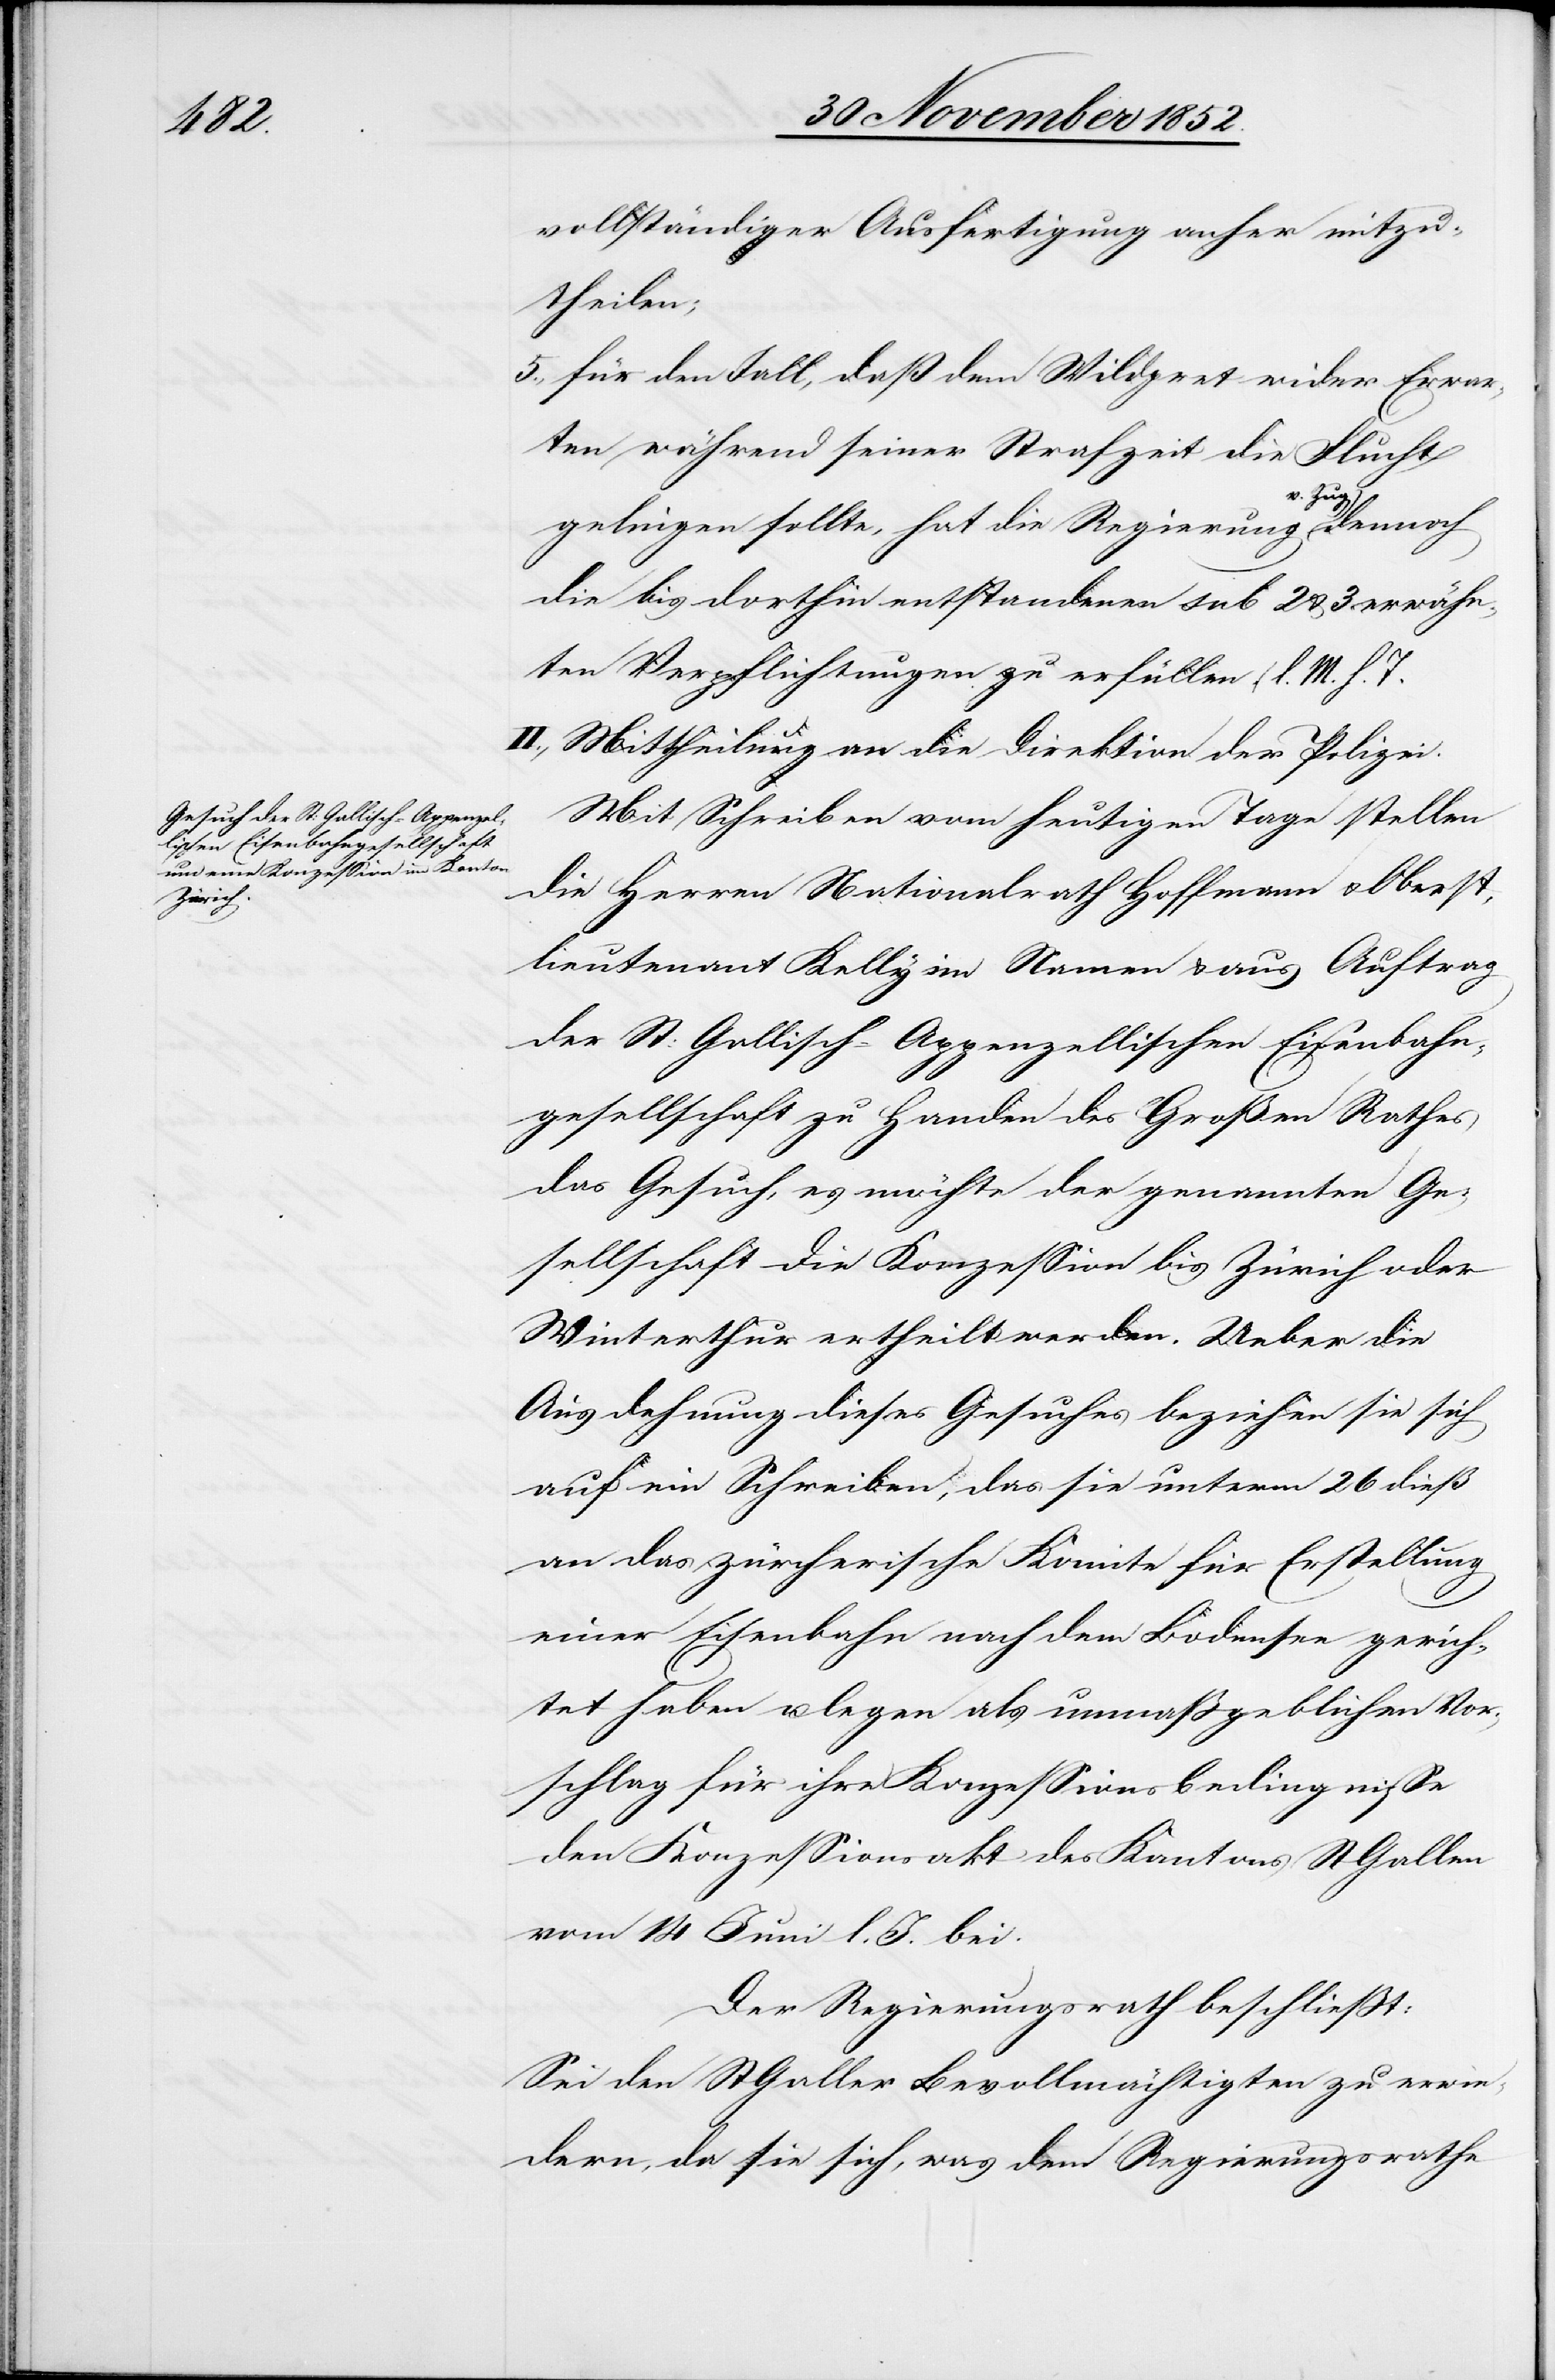
vollständiger Ausfertigung anher mitzu¬
theilen;
für den Fall, daß dem Wildpret wider Erwar¬
ten während seiner Strafzeit die Flucht
gelingen sollte, hat die Regierung v. Zug dennoch
die bis dorthin entstandenen sub 2 & 3 erwähn¬
ten Verpflichtungen zu erfüllen. (l. M. h.
II., Mittheilung an die Direktion der Polizei.
Mit Schreiben vom heutigen Tage stellen
die Herren Nationalrath Hoffmann & Oberst¬
lieutenant Kelly im Namen & aus Auftrag
der St: Gallisch-Appenzellischen Eisenbahn¬
gesellschaft zu Handen des Großen Rathes
das Gesuch, es möchte der genannten Ge¬
sellschaft die Konzession bis Zürich oder
Winterthur ertheilt werden. Ueber die
Ausdehnung dieses Gesuches beziehen sie sich
auf ein Schreiben, das sie unterm 26 dieß
an das zürcherische Komite für Erstellung
einer Eisenbahn nach dem Bodensee gerich¬
tet haben u. legen als unmaßgeblichen Vor¬
schlag für ihre Konzessionsbedingnisse
den Konzessionsakt des Kantons St Gallen
vom 14 Juni l. J. bei.
Der Regierungsrath beschließt:
Sei den St Galler Bevollmächtigten zu erwie¬
dern, da sie sich, was dem Regierungsrathe